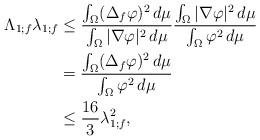
LaTeX: \begin{align*}\Lambda_{1;f}\lambda_{1;f}&\leq\frac{\int_{\Omega}(\Delta_f\varphi)^2\,d\mu}{\int_{\Omega}|\nabla\varphi|^2\,d\mu}\frac{\int_{\Omega}|\nabla\varphi|^2\,d\mu}{\int_{\Omega}\varphi^2\,d\mu}\\&=\frac{\int_{\Omega}(\Delta_f\varphi)^2\,d\mu}{\int_{\Omega}\varphi^2\,d\mu}\\&\leq\frac{16}{3}\lambda_{1;f}^2,\end{align*}